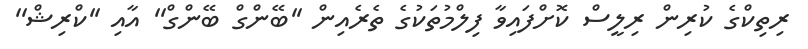
ރިތިކްގެ ކުރިން ރިލީސް ކޮށްފައިވާ ފިލްމުތަކުގެ ތެރެއިން ''ބޭންގް ބޭންގް'' އާއި ''ކްރިޝް''